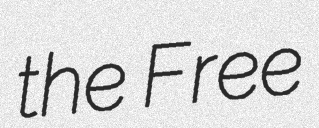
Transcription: the Free